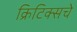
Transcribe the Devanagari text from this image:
क्रिटिक्सचे